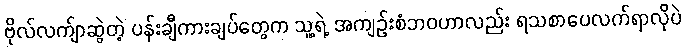
ဗိုလ်လက်ျာဆွဲတဲ့ ပန်းချီကားချပ်တွေက သူ့ရဲ့ အကျဉ်းစံဘဝဟာလည်း ရသစာပေလက်ရာလိုပဲ